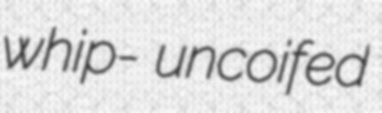
whip- uncoifed